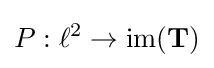
P:\ell ^{2}\to \operatorname {im} (\mathbf {T} )